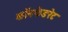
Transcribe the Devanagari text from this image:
कॉनफेडरेट